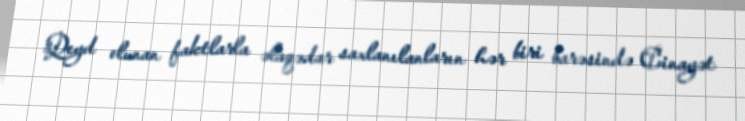
Qeyd olunan faktlarla əlaqədar saxlanılanların hər biri barəsində Cinayət